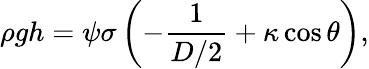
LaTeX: \rho gh=\psi\sigma\left(-\frac{1}{D/2}+\kappa\cos\theta\right),